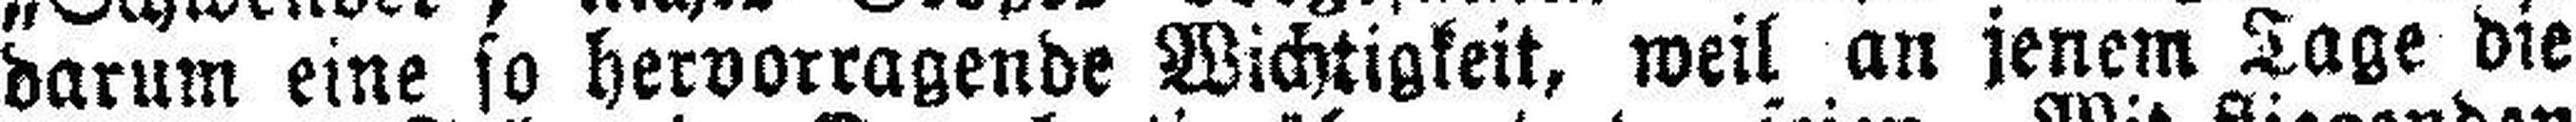
darum eine so hervorragende Wichtigkeit, weil an jenem Tage die